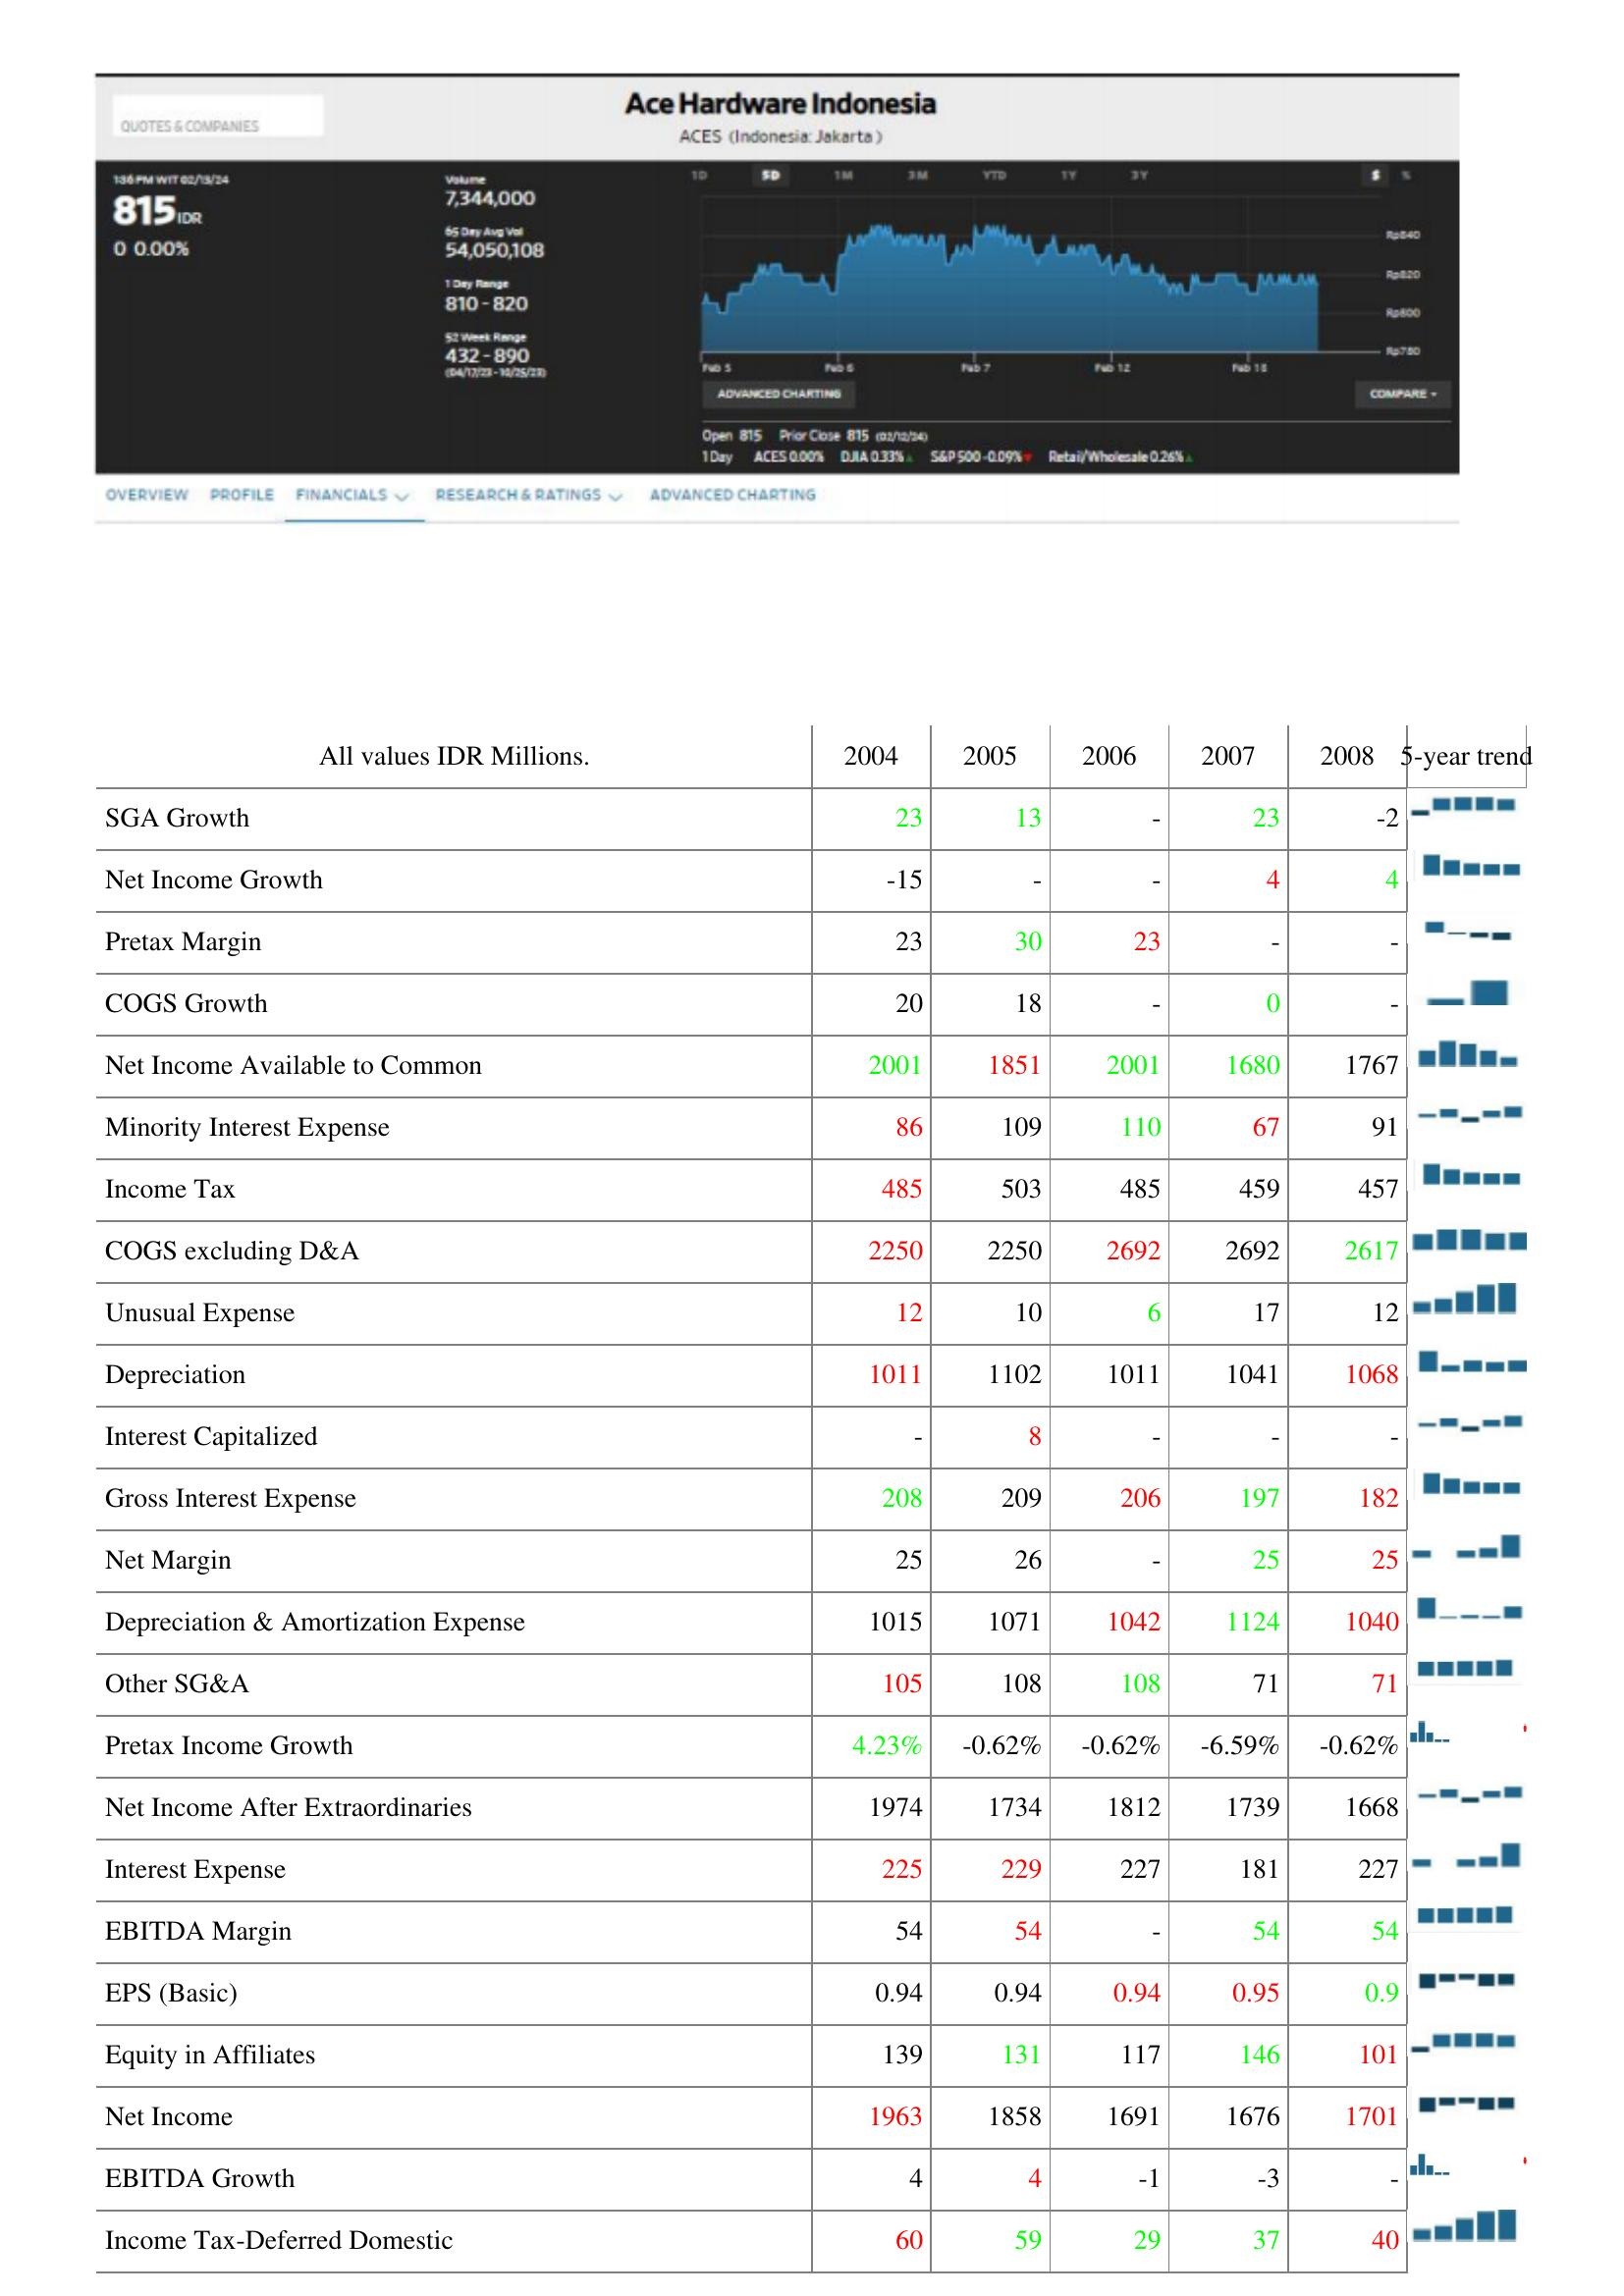
2004: : SGA Growth: 23
Net Income Growth: -15
Pretax Margin: 23
COGS Growth: 20
Net Income Available to Common: 2001
Minority Interest Expense: 86
Income Tax: 485
COGS excluding D&A: 2250
Unusual Expense: 12
Depreciation: 1011
Interest Capitalized: -
Gross Interest Expense: 208
Net Margin: 25
Depreciation & Amortization Expense: 1015
Other SG&A: 105
Pretax Income Growth: 4.23%
Net Income After Extraordinaries: 1974
Interest Expense: 225
EBITDA Margin: 54
EPS (Basic): 0.94
Equity in Affiliates: 139
Net Income: 1963
EBITDA Growth: 4
Income Tax-Deferred Domestic: 60
2005: : SGA Growth: 13
Net Income Growth: -
Pretax Margin: 30
COGS Growth: 18
Net Income Available to Common: 1851
Minority Interest Expense: 109
Income Tax: 503
COGS excluding D&A: 2250
Unusual Expense: 10
Depreciation: 1102
Interest Capitalized: 8
Gross Interest Expense: 209
Net Margin: 26
Depreciation & Amortization Expense: 1071
Other SG&A: 108
Pretax Income Growth: -0.62%
Net Income After Extraordinaries: 1734
Interest Expense: 229
EBITDA Margin: 54
EPS (Basic): 0.94
Equity in Affiliates: 131
Net Income: 1858
EBITDA Growth: 4
Income Tax-Deferred Domestic: 59
2006: : SGA Growth: -
Net Income Growth: -
Pretax Margin: 23
COGS Growth: -
Net Income Available to Common: 2001
Minority Interest Expense: 110
Income Tax: 485
COGS excluding D&A: 2692
Unusual Expense: 6
Depreciation: 1011
Interest Capitalized: -
Gross Interest Expense: 206
Net Margin: -
Depreciation & Amortization Expense: 1042
Other SG&A: 108
Pretax Income Growth: -0.62%
Net Income After Extraordinaries: 1812
Interest Expense: 227
EBITDA Margin: -
EPS (Basic): 0.94
Equity in Affiliates: 117
Net Income: 1691
EBITDA Growth: -1
Income Tax-Deferred Domestic: 29
2007: : SGA Growth: 23
Net Income Growth: 4
Pretax Margin: -
COGS Growth: 0
Net Income Available to Common: 1680
Minority Interest Expense: 67
Income Tax: 459
COGS excluding D&A: 2692
Unusual Expense: 17
Depreciation: 1041
Interest Capitalized: -
Gross Interest Expense: 197
Net Margin: 25
Depreciation & Amortization Expense: 1124
Other SG&A: 71
Pretax Income Growth: -6.59%
Net Income After Extraordinaries: 1739
Interest Expense: 181
EBITDA Margin: 54
EPS (Basic): 0.95
Equity in Affiliates: 146
Net Income: 1676
EBITDA Growth: -3
Income Tax-Deferred Domestic: 37
2008: : SGA Growth: -2
Net Income Growth: 4
Pretax Margin: -
COGS Growth: -
Net Income Available to Common: 1767
Minority Interest Expense: 91
Income Tax: 457
COGS excluding D&A: 2617
Unusual Expense: 12
Depreciation: 1068
Interest Capitalized: -
Gross Interest Expense: 182
Net Margin: 25
Depreciation & Amortization Expense: 1040
Other SG&A: 71
Pretax Income Growth: -0.62%
Net Income After Extraordinaries: 1668
Interest Expense: 227
EBITDA Margin: 54
EPS (Basic): 0.9
Equity in Affiliates: 101
Net Income: 1701
EBITDA Growth: -
Income Tax-Deferred Domestic: 40